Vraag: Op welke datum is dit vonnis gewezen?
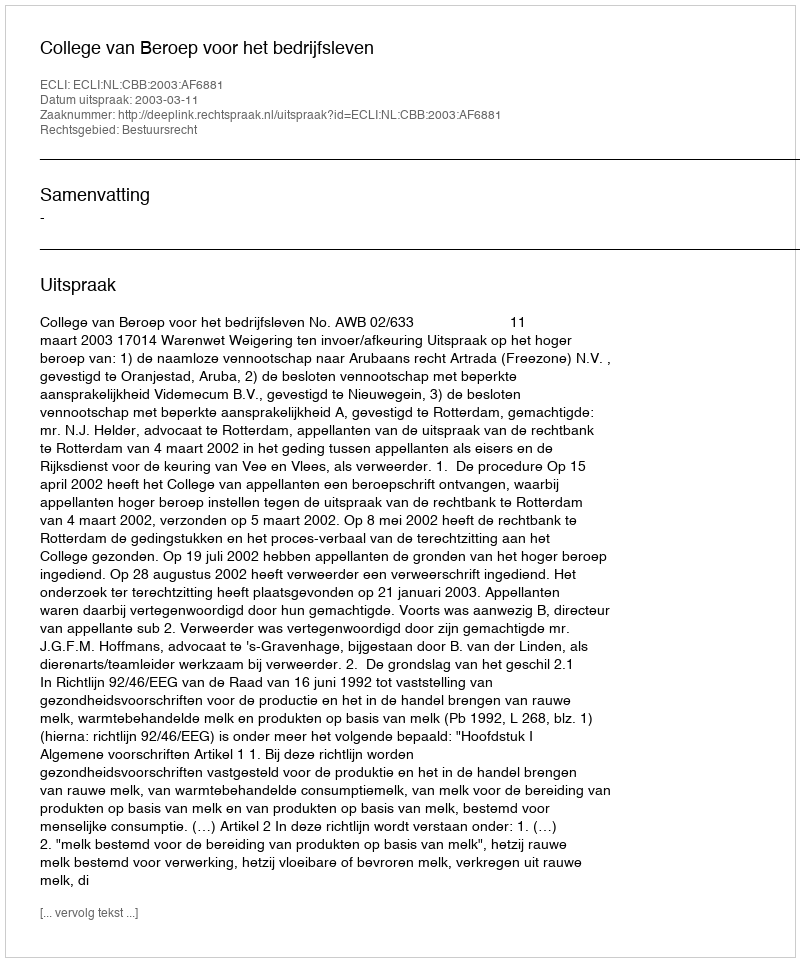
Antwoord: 2003-03-11